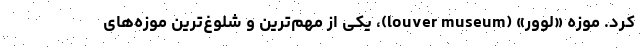
کرد. موزه «لوور» (louver museum)، یکی از مهم‌ترین و شلوغ‌ترین موزه‌های